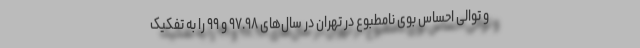
و توالی احساس بوی نامطبوع در تهران در سال‌های ۹۷.۹۸ و ۹۹ را به تفکیک